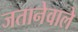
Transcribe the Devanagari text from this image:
जतानेवाले